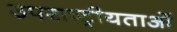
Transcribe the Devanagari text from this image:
उपराष्ट्रीयताओं